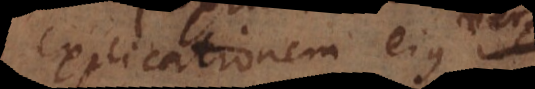
explicationem ejus